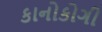
કાનોકોગી